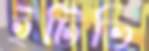
ইটিভি